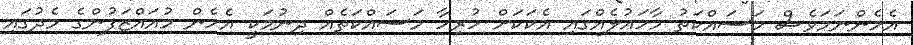
އެހެންނަމަވެސް މަސައްކަތު މާހައުލެއްގައި އެކަކަށް ހުރިހާ މަސައްކަތެއް ދިނުމަކީ އެހެން މުއައްޒަފުންގެ މެދުގައި